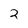
Character: 2